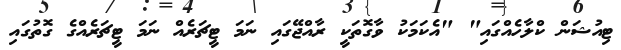
ޓިއުޝަން ކްލާހެއްގައި" "އެކަމަކު ވާގޮތަކީ ރާއްޖޭގައި ނަމަ ޓީޗަރެއް ނަމަ ޓީޗަރެއްގެ ގޮތުގައި